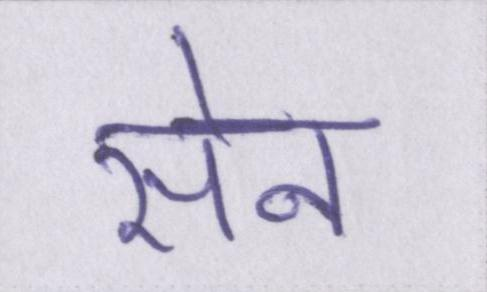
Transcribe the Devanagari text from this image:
सेन